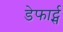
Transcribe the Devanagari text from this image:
डेफार्ट्स